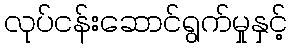
လုပ်ငန်းဆောင်ရွက်မှုနှင့်